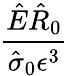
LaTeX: \frac{\hat{E}\hat{R}_{0}}{\hat{\sigma}_{0}\epsilon^{3}}